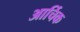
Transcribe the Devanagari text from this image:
आर्चिक